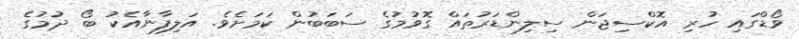
ވޯޑްގައި ހުރި އޮކްސިޖަން ސިލިންޑަރުތައް ގޮވުމުގެ ސަބަބުން ކަމަށެވެ. އަލިފާނާއެކު ބޯ ދުމުގެ